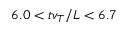
6 . 0 < t v _ { T } / L < 6 . 7